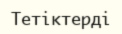
Тетіктерді